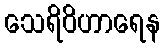
သေရိဝိဟာရေန